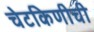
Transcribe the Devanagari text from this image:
चेटकिणीची